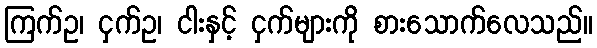
ကြက်ဥ၊ ငှက်ဥ၊ ငါးနှင့် ငှက်များကို စားသောက်လေသည်။